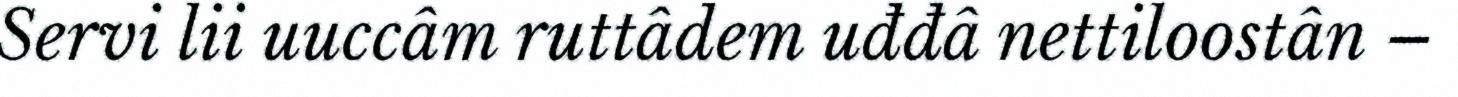
Servi lii uuccâm ruttâdem uđđâ nettiloostân –